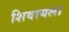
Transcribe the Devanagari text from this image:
शिवायला